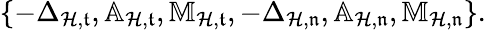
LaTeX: \begin{array}{r}{\{ -\Delta_{\mathcal{H},\mathfrak{t}},\mathbb{A}_{\mathcal{H},\mathfrak{t}},\mathbb{M}_{\mathcal{H},\mathfrak{t}},-\Delta_{\mathcal{H},\mathfrak{n}},\mathbb{A}_{\mathcal{H},\mathfrak{n}},\mathbb{M}_{\mathcal{H},\mathfrak{n}}\} \mathrm{.~}}\end{array}